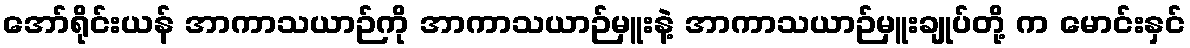
အော်ရိုင်းယန် အာကာသယာဉ်ကို အာကာသယာဉ်မှူးနဲ့ အာကာသယာဉ်မှူးချုပ်တို့ က မောင်းနှင်